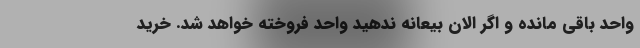
واحد باقی مانده و اگر الان بیعانه ندهید واحد فروخته خواهد شد. خرید